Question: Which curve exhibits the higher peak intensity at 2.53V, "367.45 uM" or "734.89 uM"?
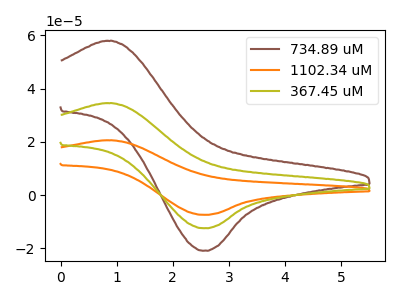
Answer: <think>The brown curve "734.89 uM" has an anodic peak at (0.90V, 57.95uA) and a cathodic peak at (2.55V, -20.90uA). The orange curve "1102.34 uM" has an anodic peak at (0.90V, 69.10uA) and a cathodic peak at (2.55V, -24.95uA). The olive curve "367.45 uM" has an anodic peak at (0.90V, 34.55uA) and a cathodic peak at (2.55V, -12.45uA).</think>
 <answer>The peak at 2.53V is lower in "367.45 uM" than in "734.89 uM".</answer>
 <eval>lower</eval>